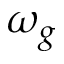
\omega _ { g }